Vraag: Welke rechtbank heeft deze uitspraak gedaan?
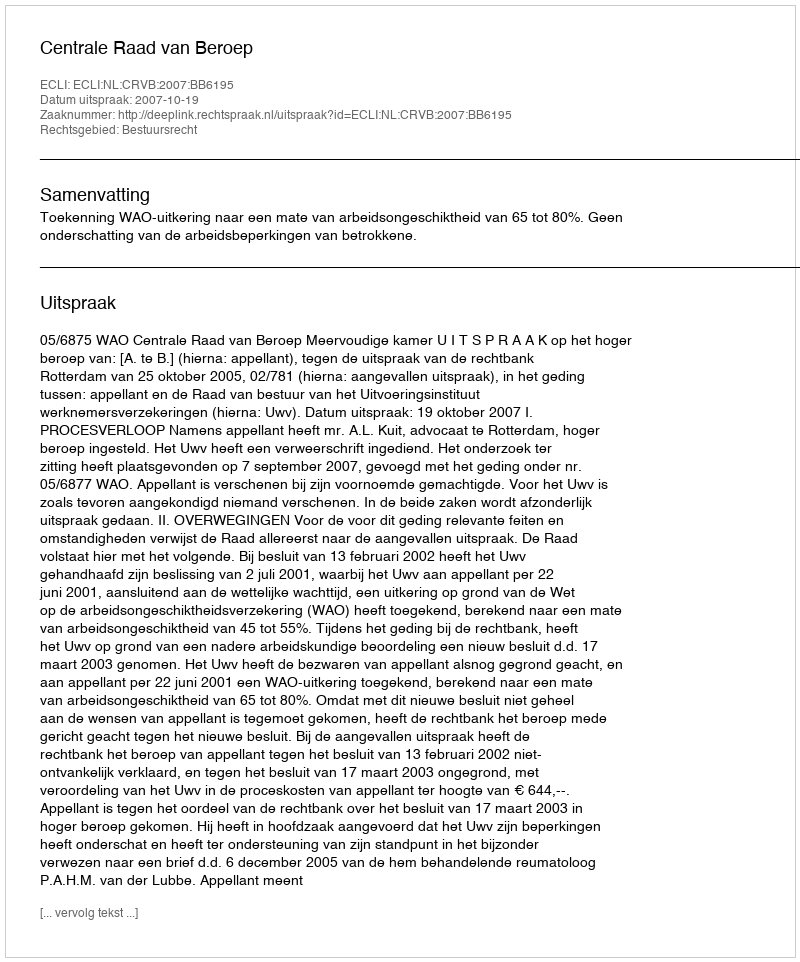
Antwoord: Centrale Raad van Beroep